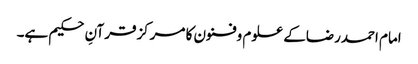
امام احمدرضاکے علوم وفنون کا مرکزقرآنِ حکیم ہے۔